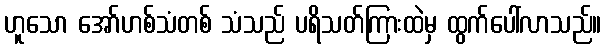
ဟူသော အော်ဟစ်သံတစ် သံသည် ပရိသတ်ကြားထဲမှ ထွက်ပေါ်လာသည်။